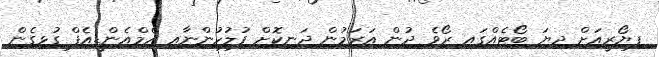
ފިޔޯރީއަށް ދިޔަ ބޯޓެއްގައި ރޯވެ ދުން އަރަމުން ދަނިކޮށް ފުލުހުންނާއި އެމްއެންޑީއެފް ގުޅިގެން